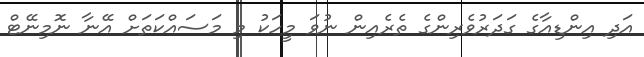
އަދި އިންޑިއާގެ ގަދަރުވެރިންގެ ތެރެއިން ނުވަ މީހަކު މި މަސައްކަތަށް އޭނާ ނޮމިނޭޓް